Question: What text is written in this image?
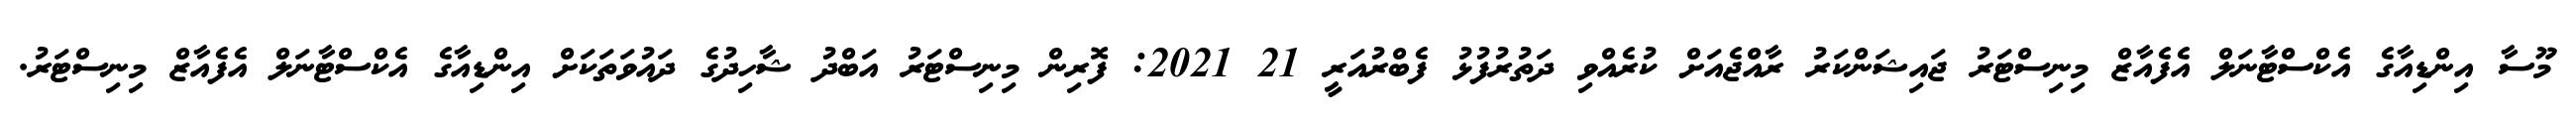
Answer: މޫސާ އިންޑިއާގެ އެކްސްޓާނަލް އެފެއާޒް މިނިސްޓަރު ޖައިޝަންކަރު ރާއްޖެއަށް ކުރެއްވި ދަތުރުފުޅު ފެބްރުއަރީ 21 2021: ފޮރިން މިނިސްޓަރު އަބްދު ޝާހިދުގެ ދައުވަތަކަށް އިންޑިއާގެ އެކްސްޓާނަލް އެފެއާޒް މިނިސްޓަރު.